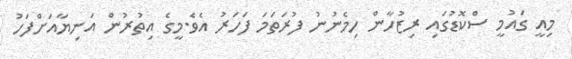
މިއީ ގައުމީ ސްކޮޑުގައި ރިޒުހާން ހިމެނުނު ފުރަތަމަ ފަހަރު އެވެ.މީގެ އިތުރުން އަނިޔާއަށްފަހު